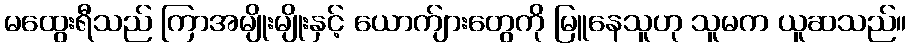
မထွေးရီသည် ကြာအမျိုးမျိုးနှင့် ယောက်ျားတွေကို မြူနေသူဟု သူမက ယူဆသည်။